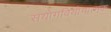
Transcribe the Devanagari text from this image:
संयोगवियोगात्मक